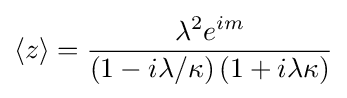
\langle z\rangle ={\frac {\lambda ^{2}e^{im}}{\left(1-i\lambda /\kappa \right)\left(1+i\lambda \kappa \right)}}